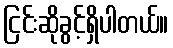
ငြင်းဆိုခွင့်ရှိပါတယ်။